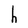
Character: h